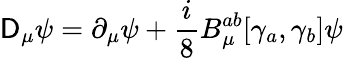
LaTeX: \mathsf{D}_{\mu}\psi=\partial_{\mu}\psi+\frac{{i}}{{8}}B_{\mu}^{ab}[\gamma_{a},\gamma_{b}]\psi